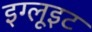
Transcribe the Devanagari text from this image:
इग्लूइट